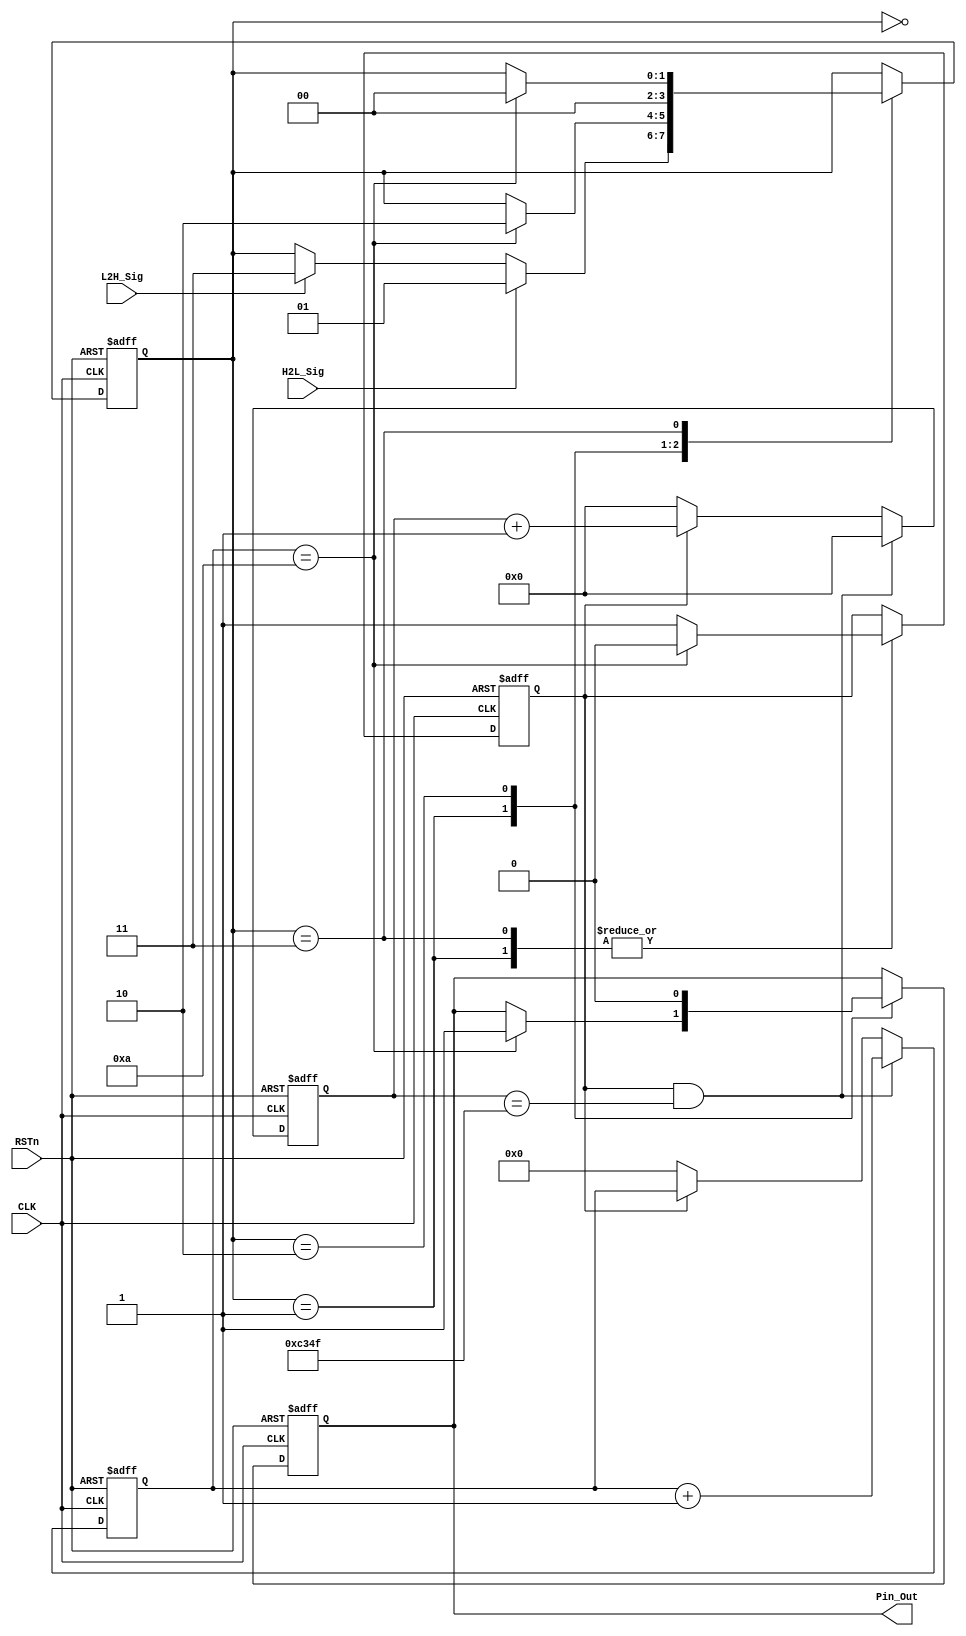
module delay_module 
(
    CLK, RSTn, H2L_Sig, L2H_Sig, Pin_Out
);

    input CLK;
	 input RSTn;
	 input H2L_Sig;
	 input L2H_Sig;
	 output Pin_Out;
	 
	 /****************************************/
	 
	 parameter T1MS = 16'd49_999;//DB4CE15ʹõľΪ50MHz50M*0.001-1=49_999
	 
	 /***************************************/
	 
	 reg [15:0]Count1;

	 always @ ( posedge CLK or negedge RSTn )
	     if( !RSTn )
		      Count1 <= 16'd0;
		  else if( isCount && Count1 == T1MS )
		      Count1 <= 16'd0;
		  else if( isCount )
		      Count1 <= Count1 + 1'b1;
		  else if( !isCount )
		      Count1 <= 16'd0;
	
    /****************************************/	
				
    reg [3:0]Count_MS;
	    
	 always @ ( posedge CLK or negedge RSTn )
        if( !RSTn )
		      Count_MS <= 4'd0;
		  else if( isCount && Count1 == T1MS )
		      Count_MS <= Count_MS + 1'b1;
		  else if( !isCount )
		      Count_MS <= 4'd0;
	
	/******************************************/
	
	 reg isCount;
	 reg rPin_Out;
	 reg [1:0]i;
	
	 always @ ( posedge CLK or negedge RSTn )
	     if( !RSTn )
		      begin
		          isCount <= 1'b0;
					 rPin_Out <= 1'b0;
					 i <= 2'd0;
			   end
		  else
		       case ( i )
				
				     3'd0 : 
					  if( H2L_Sig ) i <= 2'd1;
					  else if( L2H_Sig ) i <= 2'd3;
					
				     3'd1 : 
					  if( Count_MS == 4'd10 ) begin isCount <= 1'b0; rPin_Out <= 1'b1; i <= 2'd2; end
				     else	isCount <= 1'b1;
					 
					  3'd2 : 
					  begin rPin_Out <= 1'b0; i <= 2'd0; end
					 
					  3'd3 :
					  if( Count_MS == 4'd10 ) begin isCount <= 1'b0; i <= 2'd0; end
				     else	isCount <= 1'b1;
					   
				
				 endcase

							
    /********************************************/
	 
	 assign Pin_Out = rPin_Out;
	 
	 /********************************************/
		      


endmodule